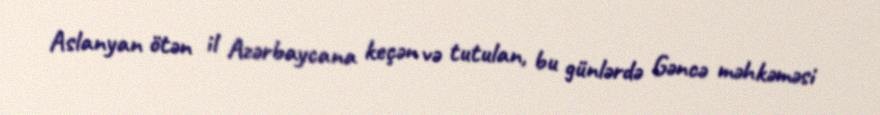
Aslanyan ötən il Azərbaycana keçən və tutulan, bu günlərdə Gəncə məhkəməsi